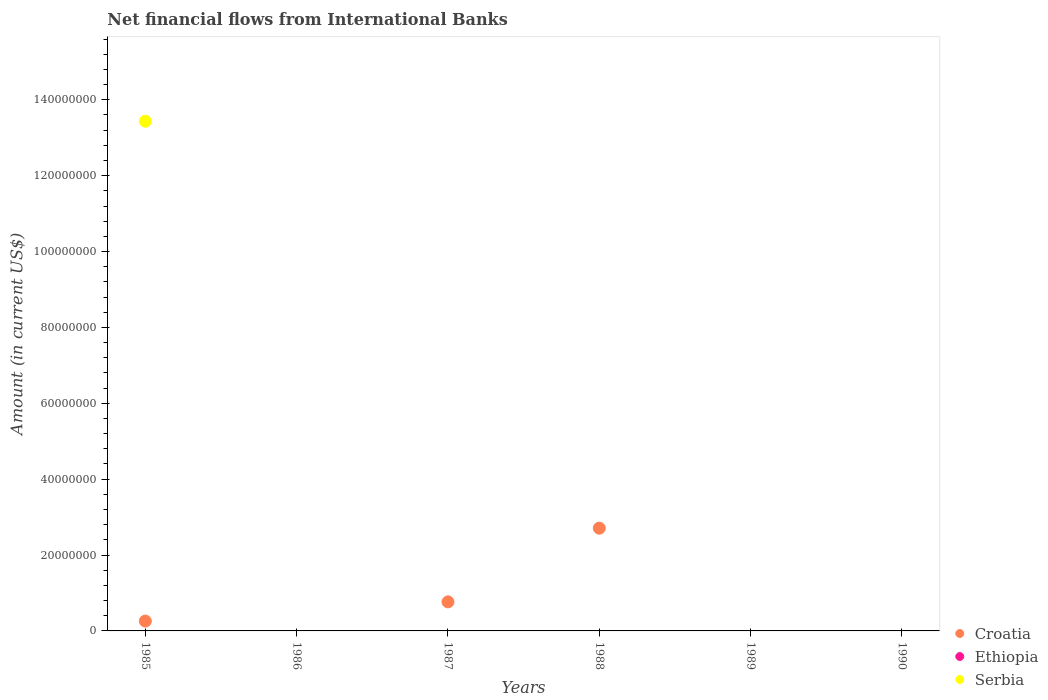
| Years | Croatia | Ethiopia | Serbia |
 | --- | --- | --- | --- |
 | 1985 | 2.59e+06 | -4.48e+06 | 1.34e+08 |
 | 1986 | -2.71e+06 | -6.29e+06 | -1.41e+07 |
 | 1987 | 7.66e+06 | -9.36e+06 | -1.27e+08 |
 | 1988 | 2.71e+07 | -9.78e+06 | -3.12e+08 |
 | 1989 | -1.35e+07 | -9.74e+06 | -2.44e+08 |
 | 1990 | -2.19e+06 | -6.79e+06 | -1.36e+08 |